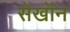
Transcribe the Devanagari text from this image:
सेखॉन